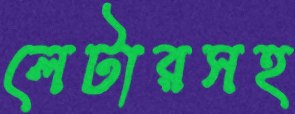
লেটারসহ